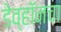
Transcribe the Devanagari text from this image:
डेव्हॉनचा